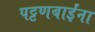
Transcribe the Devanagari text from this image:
पट्टणबाईंना